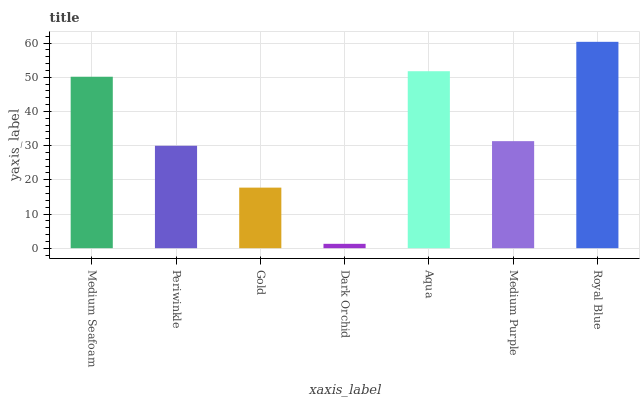
| xaxis_label | bars |
 | --- | --- |
 | Medium Seafoam | 50.2 |
 | Periwinkle | 30 |
 | Gold | 17.7 |
 | Dark Orchid | 1.28 |
 | Aqua | 51.8 |
 | Medium Purple | 31.3 |
 | Royal Blue | 60.4 |